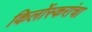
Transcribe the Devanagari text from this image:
किर्लोस्करांचा